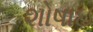
શોષાઇ